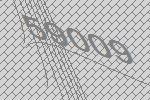
59009